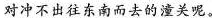
对冲不出往东南而去的潼关呢。